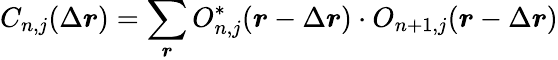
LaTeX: C_{n,j}(\Delta\boldsymbol{r})=\sum_{\boldsymbol{r}}O_{n,j}^{*}(\boldsymbol{r}-\Delta\boldsymbol{r})\cdot O_{n+1,j}(\boldsymbol{r}-\Delta\boldsymbol{r})